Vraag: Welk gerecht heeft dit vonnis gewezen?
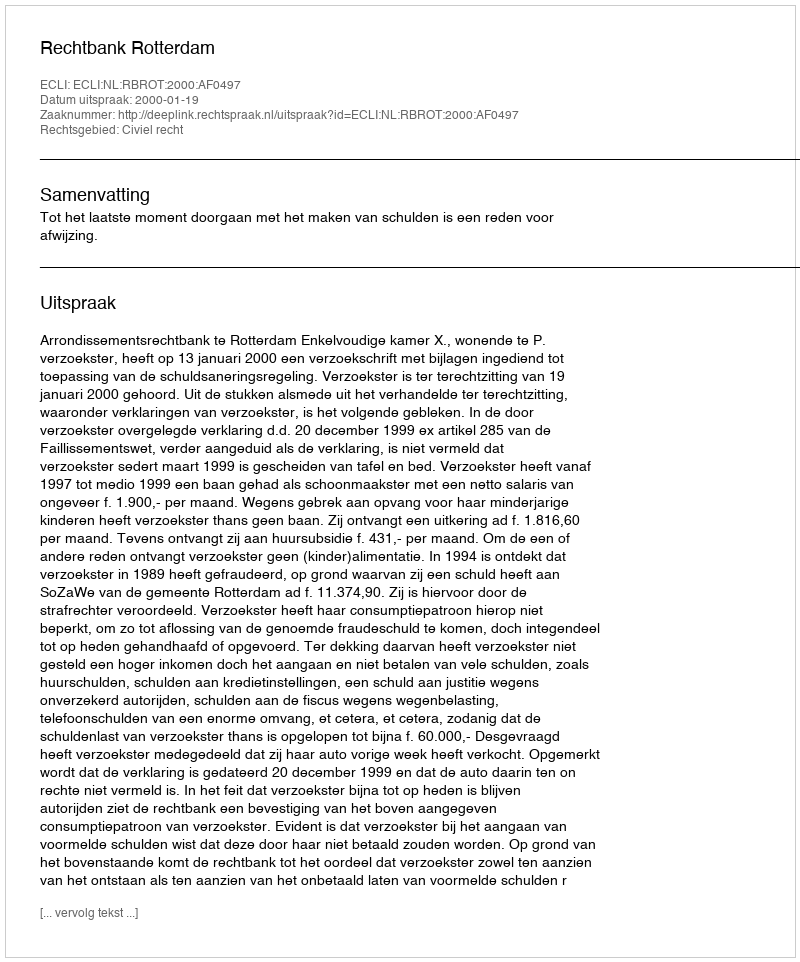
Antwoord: Rechtbank Rotterdam